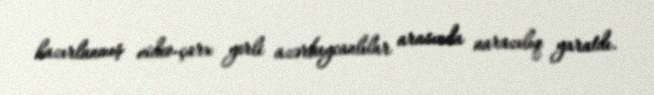
hazırlanmış video-çarx yerli azərbaycanlılar arasında narazılıq yaratdı.